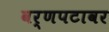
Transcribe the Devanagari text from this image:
वर्णपटावर